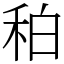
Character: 䄸